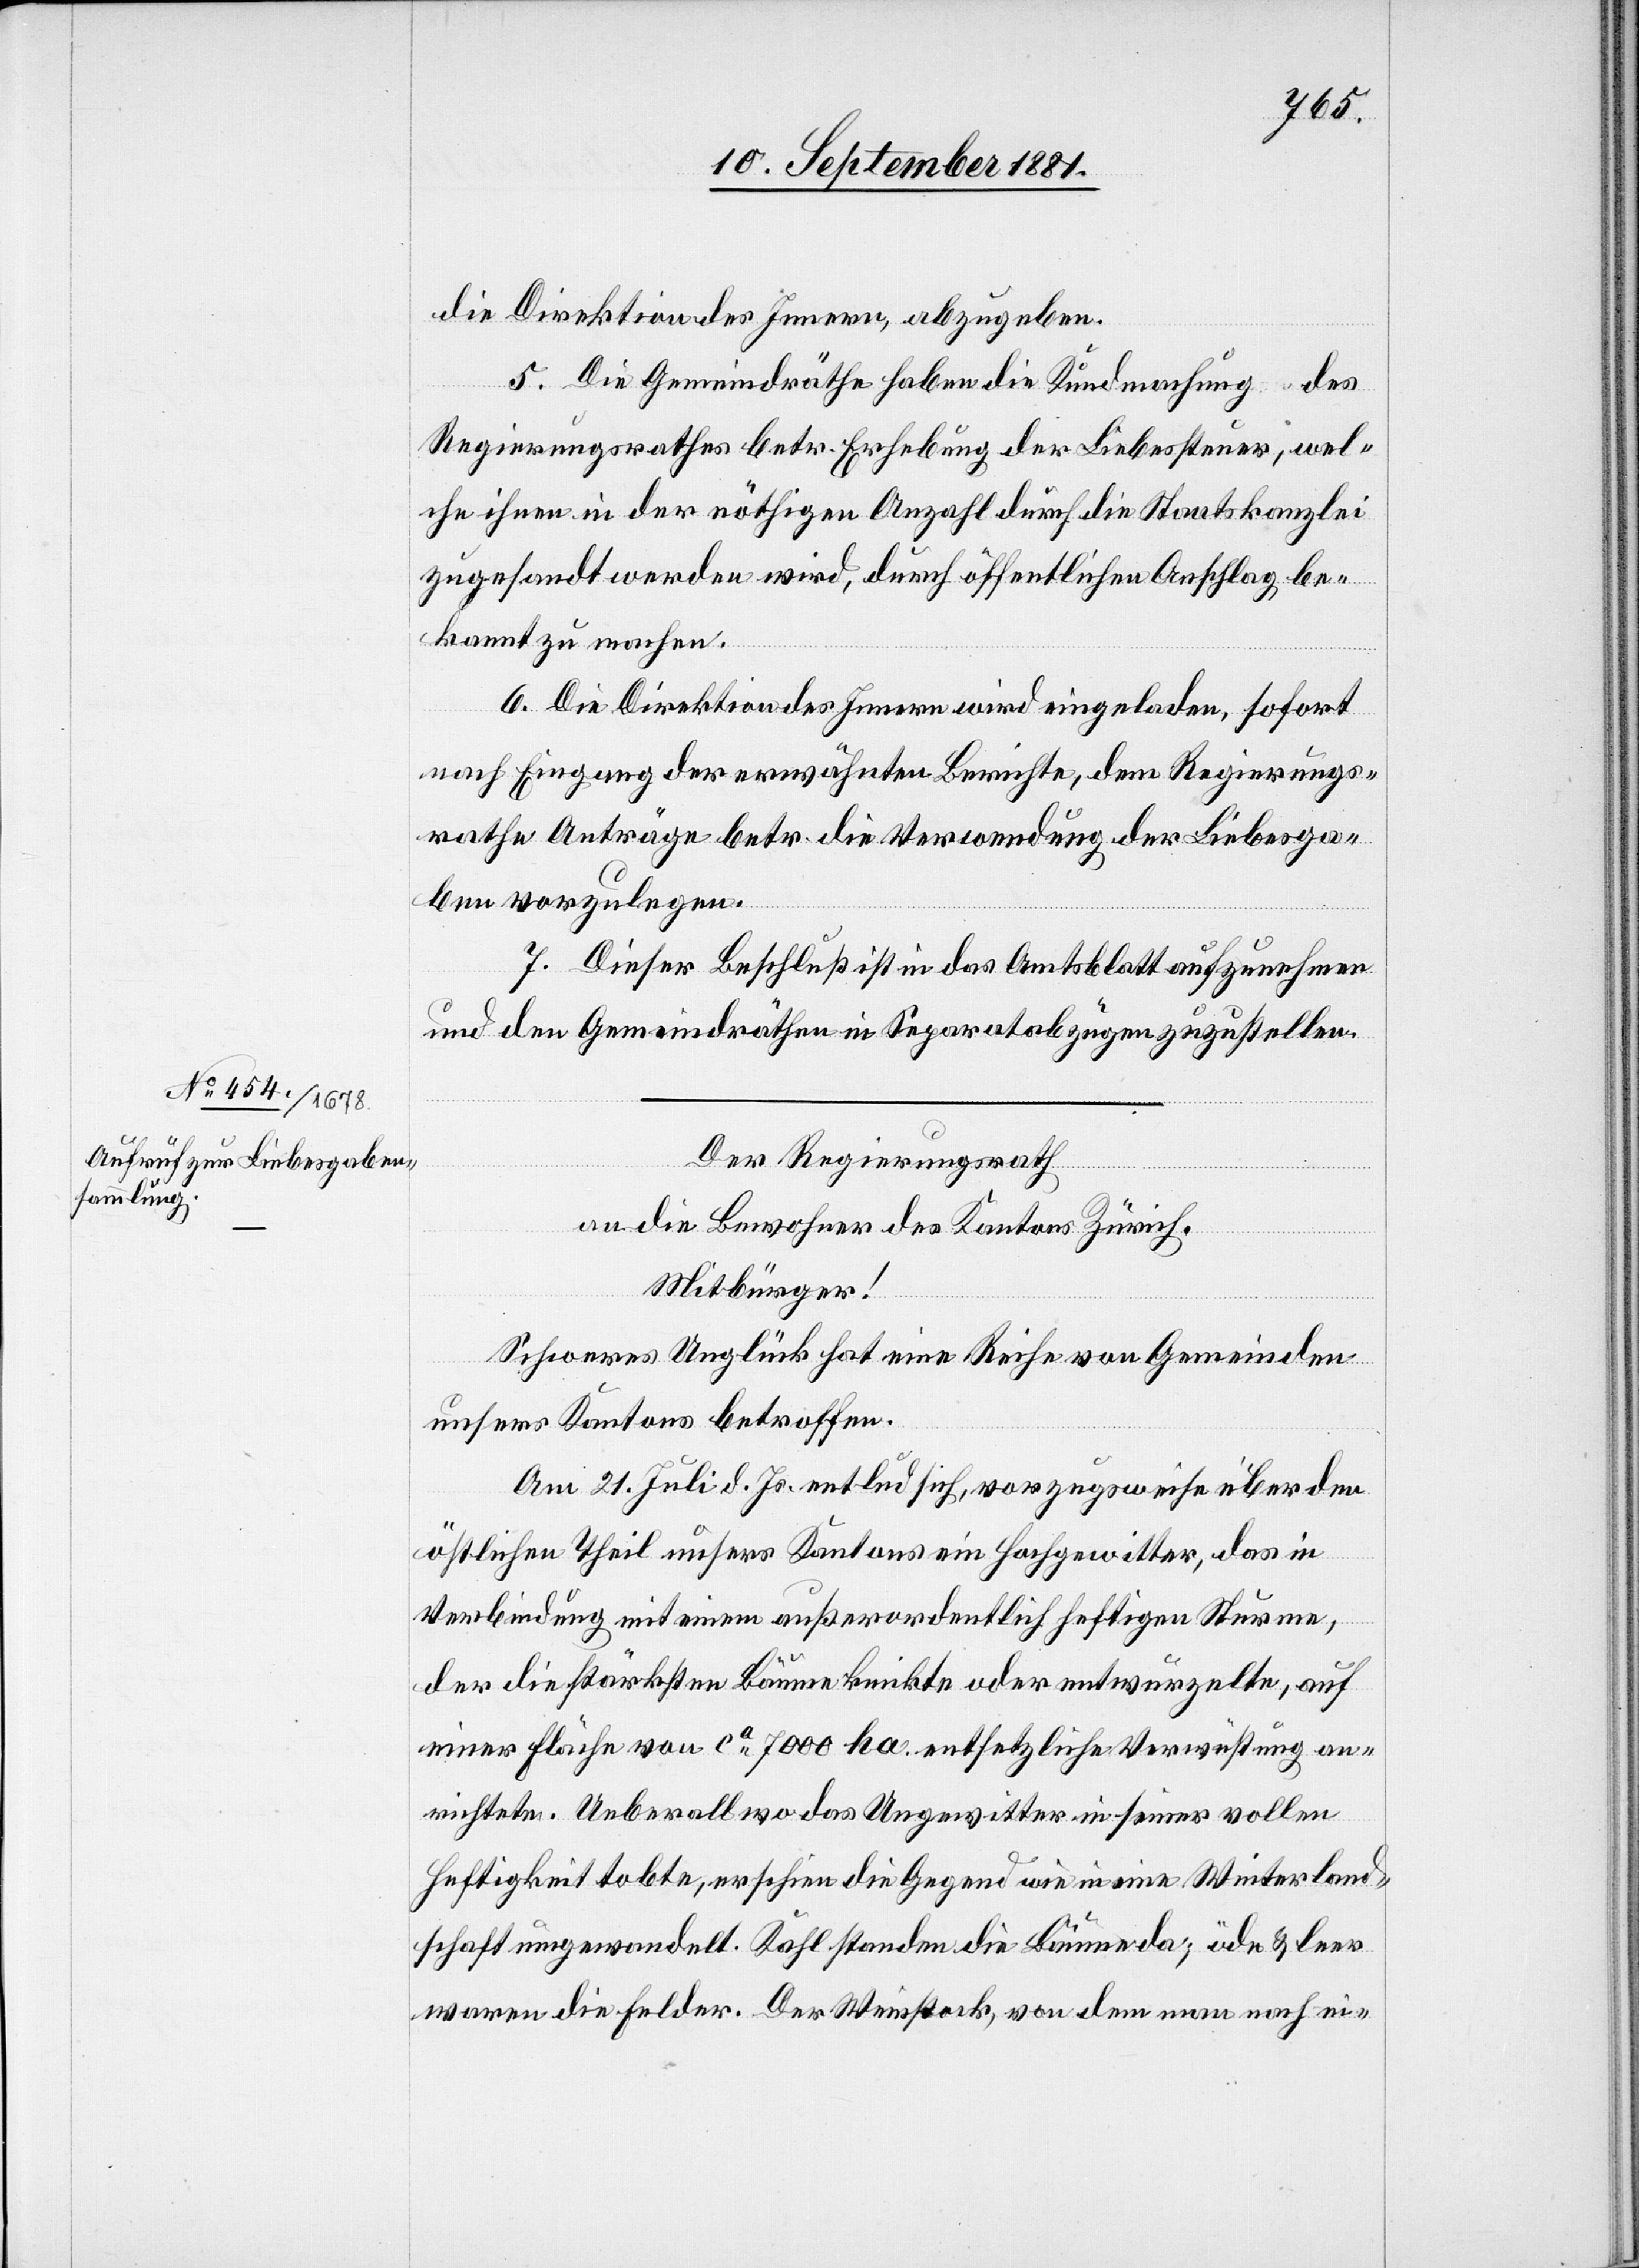
die Direktion des Innern, abzugeben.
5. Die Gemeindräthe haben die Kundmachung des
Regierungsrathes betr. Erhebung der Liebessteuer, wel¬
che ihnen in der nöthigen Anzahl durch die Staatskanzlei
zugesandt werden wird, durch öffentlichen Anschlag be¬
kannt zu machen.
6. Die Direktion des Innern wird eingeladen, sofort
nach Eingang der erwähnten Berichte, dem Regierungs¬
rathe Anträge betr. die Verwendung der Liebesga¬
ben vorzulegen.
7. Dieser Beschluß ist in das Amtsblatt aufzunehmen
und den Gemeindräthen in Separatabzügen zuzustellen.
Der Regierungsrath
an die Bewohner des Kantons Zürich.
Mitbürger!
Schweres Unglück hat eine Reihe von Gemeinden
unseres Kantons betroffen.
Am 21. Juli d. Js. entlud sich, vorzugsweise über den
östlichen Theil unsers Kantons ein Hochgewitter, das in
Verbindung mit einem außerordentlich heftigen Sturme,
der die stärksten Bäume knickte oder entwurzelte, auf
einer Fläche von ca 7000 ha. entsetzliche Verwüstung an¬
richtete. Ueberall wo das Ungewitter in seiner vollen
Heftigkeit tobte, erschien die Gegend wie in eine Winterland¬
schaft umgewandelt. Kahl standen die Bäume da, öde & leer
waren die Felder. Der Weinstock, von dem man nach ei-